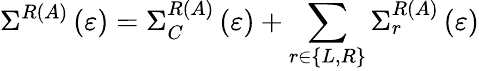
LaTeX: {{\Sigma}}^{R\left(A\right)}\left({\varepsilon}\right)={{\Sigma}}_{C}^{R\left(A\right)}\left({\varepsilon}\right)+\sum_{r{\in}\left\{ L,R\right\} }{{{\Sigma}}_{r}^{R\left(A\right)}\left({\varepsilon}\right)}